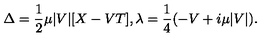
\Delta = { \frac { 1 } { 2 } } \mu | V | [ X - V T ] , \lambda = { \frac { 1 } { 4 } } ( - V + i \mu | V | ) .